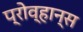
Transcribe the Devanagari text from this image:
प्रोव्हान्स